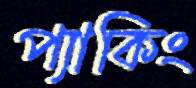
প্যাকিং